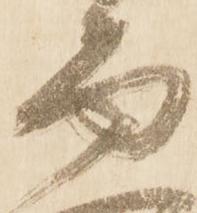
面